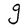
Character: g